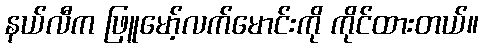
နယ်လီက ဖြူမော့်လက်မောင်းကို ကိုင်ထားတယ်။